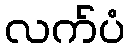
လက်ပံ